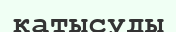
катысуды